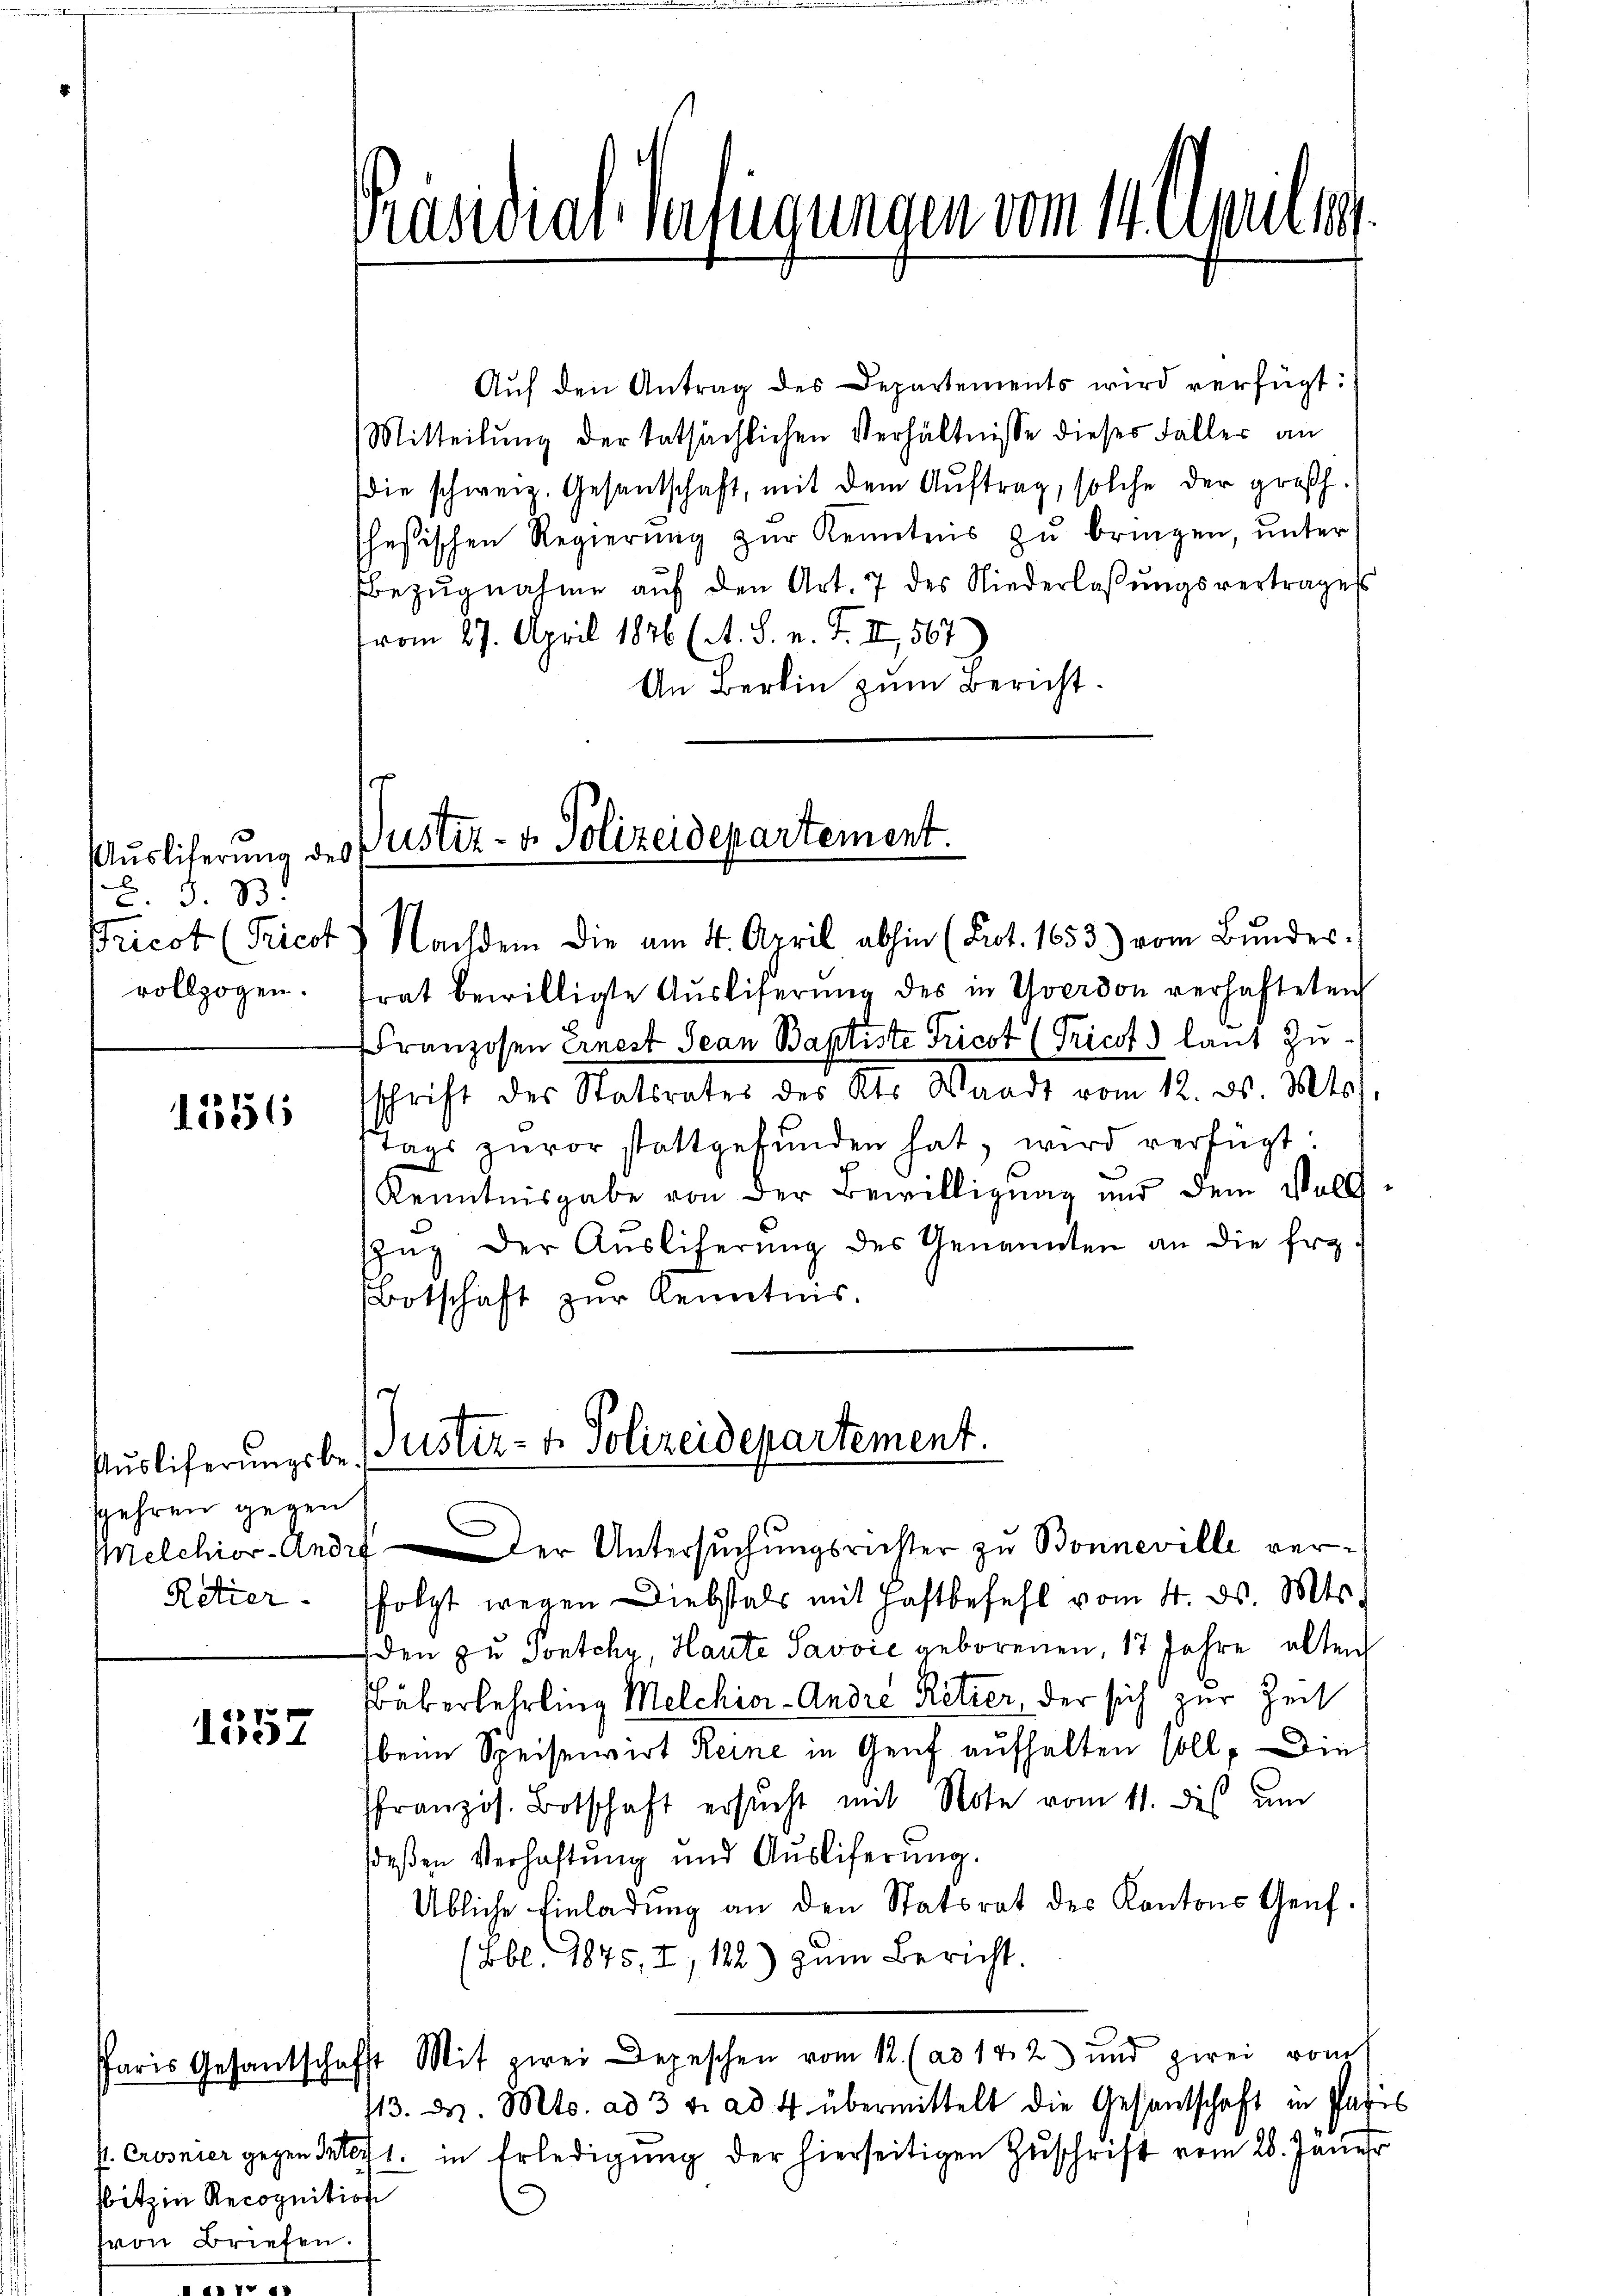
C. S. 33.
vollzogen.

1356

Auslieferungsbespehren gegen

17
linist

Aŭf den Antrag des Departements wird verfügt:
Mitteilung der tatsächlichen Verhältnisse dieser Faller an
die schweiz. Gesantschaft, mit dem Auftrag, solche der großh.
hesischen Regierŭng zŭr Kenntnis zŭ bringen, unter
Bezugnahme auf den Art. 7 des Niederlaßungsvertragess
vom 27. April 1876 (A. S. n. F. II, 567
An Berlin zum Bericht.
Ausliferung der Justiz- & Polizeidepartement.

bitzin Recognition
von Briefen.
.

Präsidial-Verfügungen vom 14. Aprilla

ricot (Pricot 7 Nachdem die am 4. April abhin (Prt. 1653) vom Bundes-

Justiz- & Polizeidepartement.
Melchior-Andef  Der Untersuchungsrichter zu Bonneville ver¬

trat bewilligte Aŭsliferŭng des in Yverdon verhafteten
Franzosen Ernest Jean Baptiste Tricot (Tricof) laut Zusschrift des Statsrates des Kts. Waadt vom 12. ds. Mts.
Tags zuvor stattgefunden hat, wird verfügt:
Kenntnisgabe von der Bewilligung und dem Vollszŭg der Aŭsliherŭng des Genannten an die fra-
Botschaft zur Kenntnis.

Retier. (folgt wegen Diebstals mit Haftbefehl vom 4. ds. Mts.
den zu Pontchy, Haute Savvić geborenen, 17 Jahre alten
Büberlehrling Melchior - Andre Retier, der sich zur Zeit
beim Speiservirt Reine in Genf aufhalten soll. Die
ffranzös. Botschaft ersŭcht mit Note vom 11. des um
deßen Verhaftung und Ausliferŭng.
Übliche Einladŭng an den Statsrat des Kantons Genf.
(Bbl. 1845, I, 122) zum Bericht.
Paris Gesantschafft Mit zwei Depeschen vom 12. (ad 142) und zwei vom
713. d. Mts. ad 3 v. ad 4 übermittelt die Gesandtschaft in Pasis
P. Crosnier gegen Gutacht. in Erledigung der hierseitigen Zuschrift vom 28. Janer
c